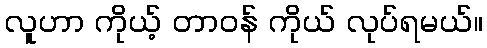
လူဟာ ကိုယ့် တာဝန် ကိုယ် လုပ်ရမယ်။